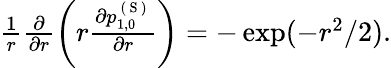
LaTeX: \begin{array}{r}{\frac{1}{r}\frac{\partial}{\partial r}\left(r\frac{\partial p_{1,0}^{\mathrm{~(~S~)~}}}{\partial r}\right)=-\exp(-r^{2}/2).}\end{array}